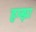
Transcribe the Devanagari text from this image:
हम्झा